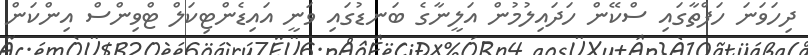
ދިހަވަނަ ހަފްތާގައި ސްކޭން ހަދައިލުމުން އަލީނާގެ ބަނޑުގައި ވަނީ އައިޑެންޓިކަލް ޓްވިންސް އިންކަން